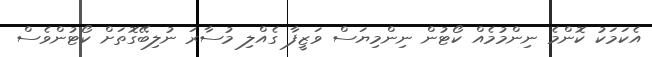
އެކަމަކު ކޮންމެ ނިންމުމެއް ކޯޓުން ނިންމިޔަސް ވަޒީފާ ގެއްލި މުސާރަ ނުލިބޭގޮތަށް ކޯޓުންވެސް